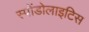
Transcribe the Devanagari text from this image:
स्पोंडोलाइटिस